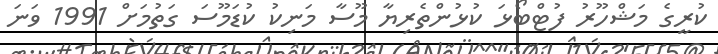
ކުރީގެ މަޝްހޫރު ފުޓްބޯޅަ ކުޅުންތެރިޔާ މޫސާ މަނިކު ކުޑަމޫސަ ގަތުމަށް 1991 ވަނަ